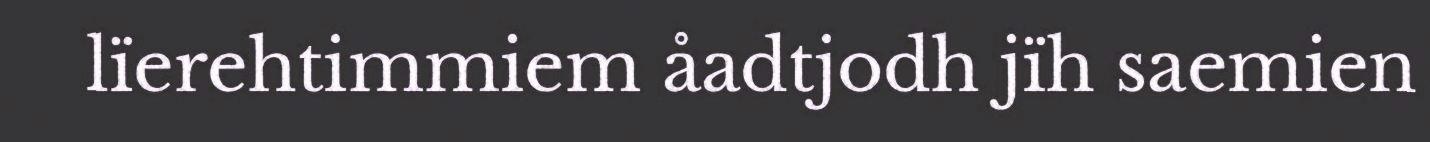
lïerehtimmiem åadtjodh jïh saemien